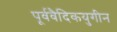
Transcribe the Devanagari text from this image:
पूर्ववैदिकयुगीन